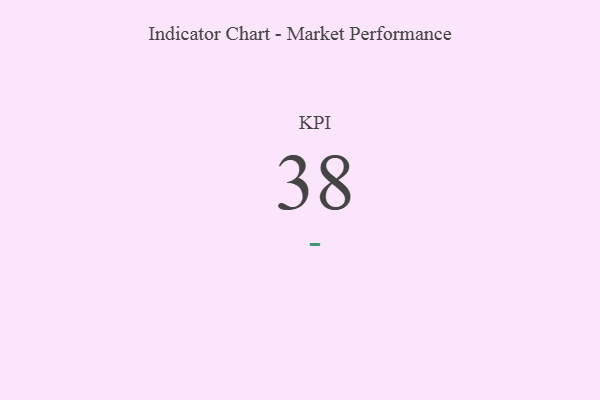
{"axis": {"x": "KPI", "y": "Value"}, "legend": [""], "data": [{"x": "KPI", "y": 38, "type": ""}]}